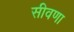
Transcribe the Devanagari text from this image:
सीवणा